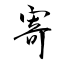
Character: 寄